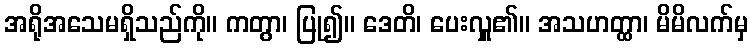
အရိုအသေမရှိသည်ကို။ ကတွာ၊ ပြု၍။ ဒေတိ၊ ပေးလှူ၏။ အသဟတ္ထာ၊ မိမိလက်မှ